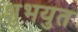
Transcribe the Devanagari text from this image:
शुभयुत